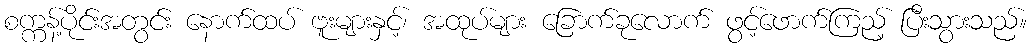
စက္ကန့်ပိုင်းအတွင်း နောက်ထပ် ဗူးများနှင့်၊ အထုပ်များ ခြောက်ခုလောက် ဖွင့်ဖောက်ကြည့် ပြီးသွားသည်။